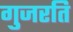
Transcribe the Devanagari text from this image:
गुजरति